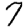
Digit: 7